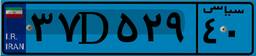
۹۲D۵۰۸۶۰